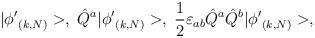
LaTeX: \begin{align*}|{\phi'}_{(k,N)}>,\;\hat{Q}^a|{\phi'}_{(k,N)}>,\; \frac{1}{2}\varepsilon_{ab}\hat{Q}^a\hat{Q}^b|{\phi'}_{(k,N)}>,\end{align*}